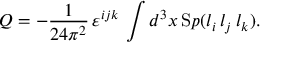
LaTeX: Q = - \frac { 1 } { 2 4 \pi ^ { 2 } } \, \varepsilon ^ { i j k } \, \int d ^ { 3 } x \, { \mathrm S p } ( l _ { i } \, l _ { j } \, l _ { k } ) .